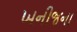
ખનીજના